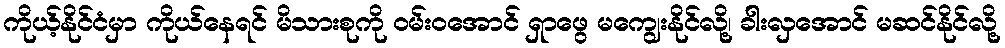
ကိုယ့်နိုင်ငံမှာ ကိုယ်နေရင် မိသားစုကို ဝမ်းဝအောင် ရှာဖွေ မကျွေးနိုင်လို့၊ ခါးလှအောင် မဆင်နိုင်လို့